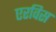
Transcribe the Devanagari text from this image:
एरविस